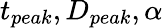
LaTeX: t_{peak},D_{peak},\alpha